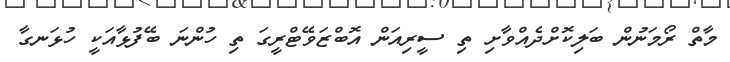
މާތް ރޯމަނުން ބަލިކޮށްދެއްވާށި ތި ސީރިއަން އޮބްޒަވޭޓްރީގަ ތި ހުންނަ ބޭފުޅާއަކީ ހުޅަނގާ